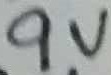
Text: 9V